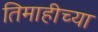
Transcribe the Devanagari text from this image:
तिमाहीच्या